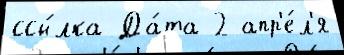
ссы́лка Да́та 2 апр'е́л'я